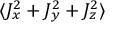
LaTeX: \langle J _ { x } ^ { 2 } + J _ { y } ^ { 2 } + J _ { z } ^ { 2 } \rangle